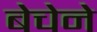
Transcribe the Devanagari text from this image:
बेचेने